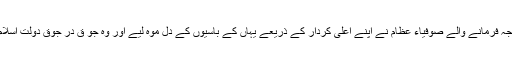
اس خطۂ ارض میں قدم رنجہ فرمانے والے صوفیاء عظام نے اپنے اعلیٰ کردار کے ذریعے یہاں کے باسیوں کے دل موہ لیے اور وہ جو ق در جوق دولتِ اسلام سے بہرہ ور ہونے لگے۔